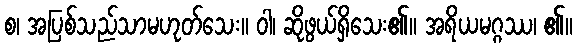
စ၊ အပြစ်သည်သာမဟုတ်သေး။ ဝါ၊ ဆိုဖွယ်ရှိသေး၏။ အရိယမဂ္ဂဿ၊ ၏။